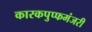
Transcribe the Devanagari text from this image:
कारकपुप्फमंजरी